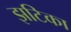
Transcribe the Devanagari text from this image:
झटिका